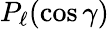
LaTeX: P_{\ell}(\cos\gamma)